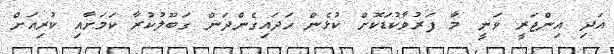
އަދި އިންޖަރީ ވަނީ މާ ފަރުވާކުޑަކޮށް ކުޅެން ހަދައިގެންދަން ގަބޫލުކުރާ ކަމަށާއި ކުރިއަށް